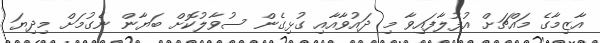
އާޒިމާގެ މައްޗަށް އުފުލާފައިވާ މި ދައުވާއާއި ގުޅިގެން ސުވާލުކޮށް ބަޔާން ނެގުމަށް މިދިޔަ